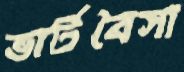
ভার্টবৈসা